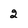
Character: 2